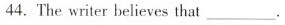
44. The writer believes that___ .